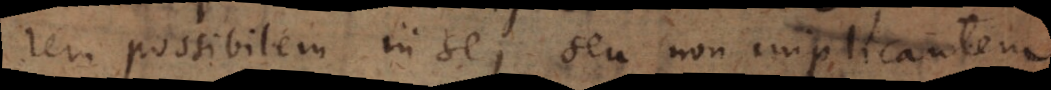
rem possibilem in se, seu non implicantem